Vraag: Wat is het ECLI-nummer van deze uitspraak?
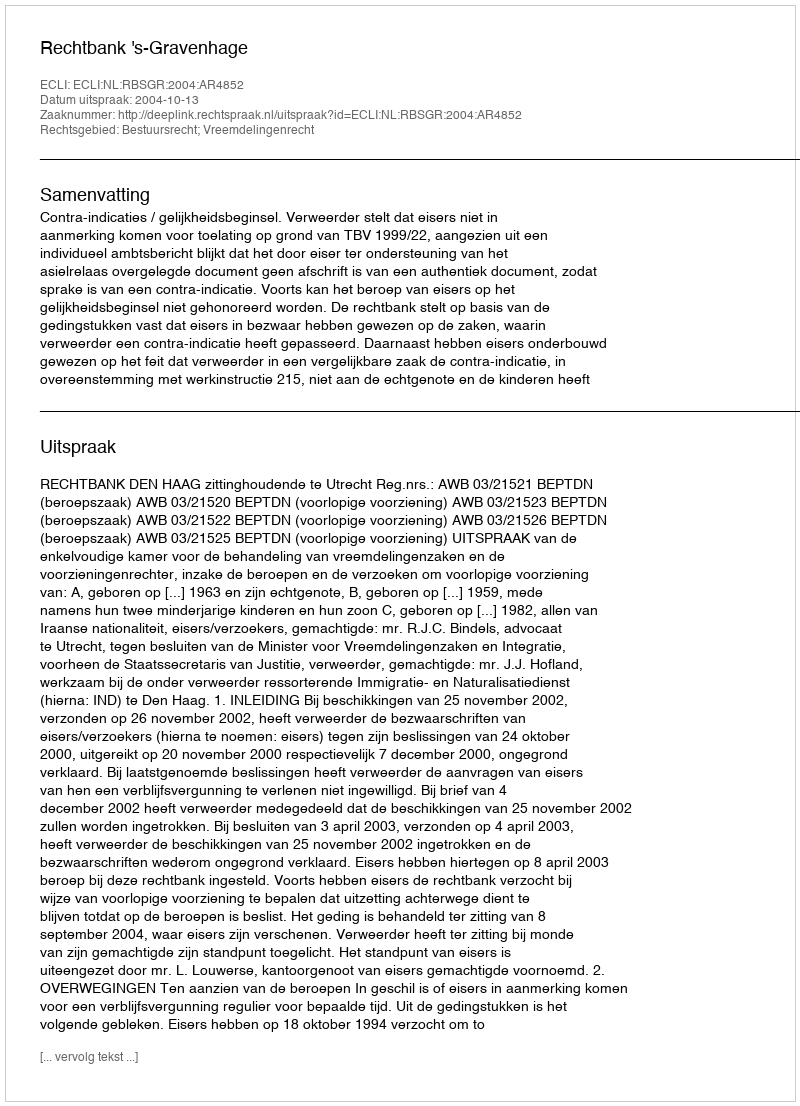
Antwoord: ECLI:NL:RBSGR:2004:AR4852